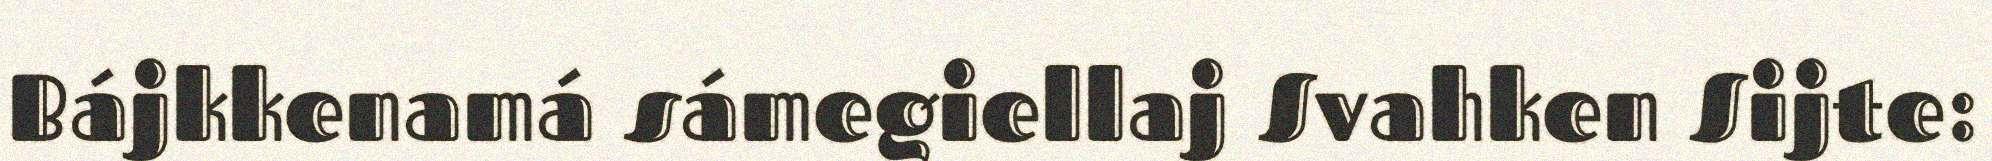
Bájkkenamá sámegiellaj Svahken Sijte: